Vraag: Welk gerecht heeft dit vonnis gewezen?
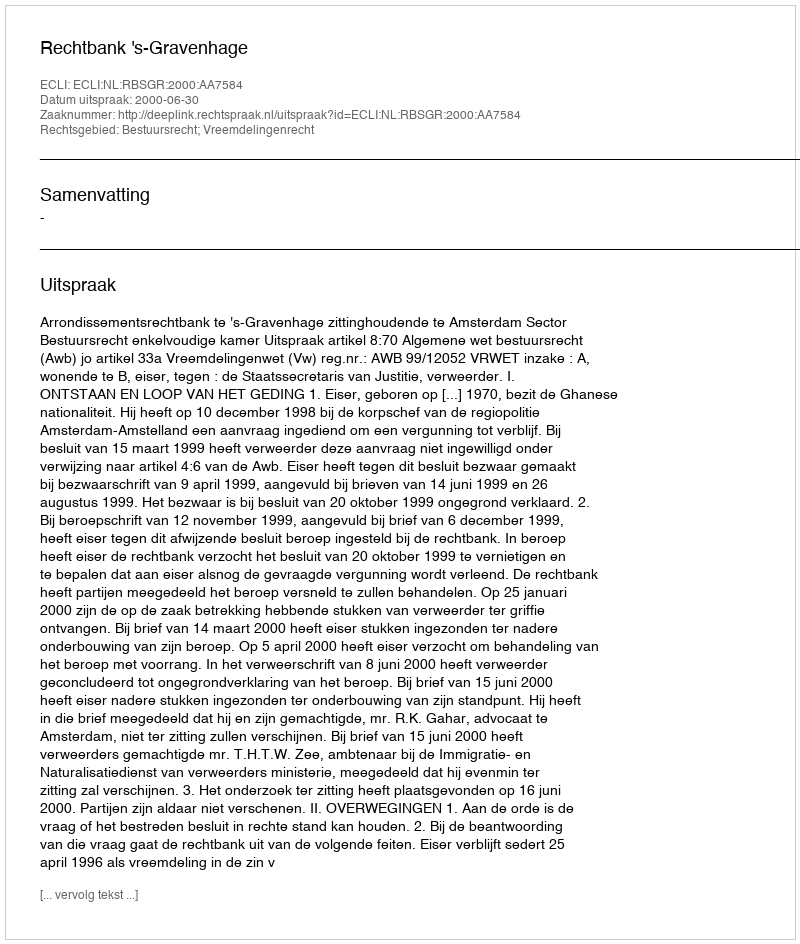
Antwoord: Rechtbank 's-Gravenhage